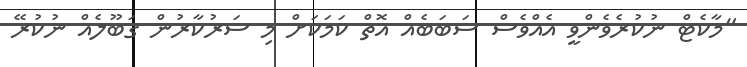
"މާކެޓް ނުކުރެވެންވީ އެއްވެސް ސަބަބެއް އޮތް ކަމަކަށް މި ސަރުކާރުން ގަބޫލެއް ނުކުރޭ